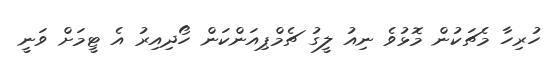
ހުރިހާ މެޗަކުން މޮޅުވެ ނިއު ލީގު ޗެމްޕިއަންކަން ހޯދިއިރު އެ ޓީމަށް ވަނީ